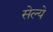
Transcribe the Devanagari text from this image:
सेल्ये